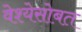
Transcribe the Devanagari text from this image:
वेश्येसोबत